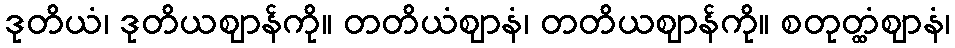
ဒုတိယံ၊ ဒုတိယဈာန်ကို။ တတိယံဈာနံ၊ တတိယဈာန်ကို။ စတုတ္ထံဈာနံ၊